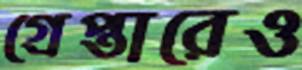
গ্রেপ্তারেও